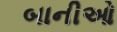
બાનીઓ